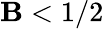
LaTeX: \mathbf{B}<1/2